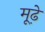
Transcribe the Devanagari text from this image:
मूढे़